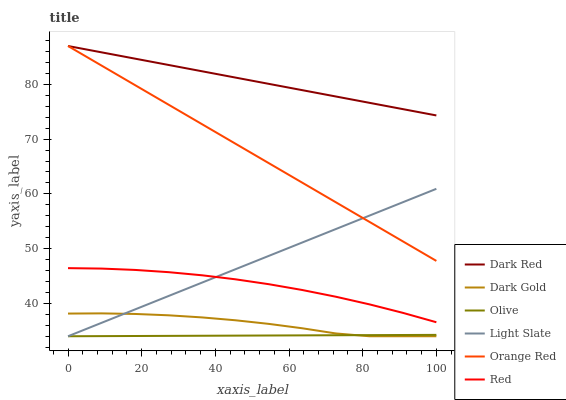
| xaxis_label | Dark Red | Dark Gold | Olive | Light Slate | Orange Red | Red |
 | --- | --- | --- | --- | --- | --- | --- |
 | 0 | 87 | 38.1 | 34 | 34 | 87 | 46.4 |
 | 9.09 | 85.8 | 38.2 | 34 | 36.4 | 83.4 | 46.4 |
 | 18.2 | 84.7 | 38.1 | 34 | 38.9 | 79.9 | 46.1 |
 | 27.3 | 83.5 | 37.8 | 34.1 | 41.3 | 76.3 | 45.7 |
 | 36.4 | 82.4 | 37.4 | 34.1 | 43.8 | 72.7 | 45.1 |
 | 45.5 | 81.2 | 36.9 | 34.1 | 46.2 | 69.2 | 44.4 |
 | 54.5 | 80.1 | 36.3 | 34.1 | 48.7 | 65.6 | 43.5 |
 | 63.6 | 78.9 | 35.5 | 34.2 | 51.1 | 62 | 42.4 |
 | 72.7 | 77.8 | 34.5 | 34.2 | 53.6 | 58.5 | 41.2 |
 | 81.8 | 76.6 | 34 | 34.2 | 56 | 54.9 | 39.8 |
 | 90.9 | 75.5 | 34 | 34.2 | 58.5 | 51.3 | 38.3 |
 | 100 | 74.3 | 34 | 34.3 | 60.9 | 47.8 | 36.6 |